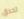
تحدق